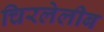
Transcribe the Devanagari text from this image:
चिरलेलीब